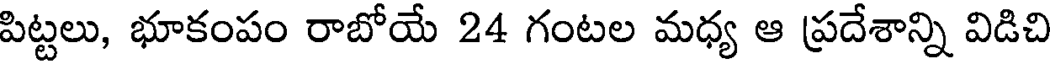
పిట్టలు, భూకంపం రాబోయే 24 గంటల మధ్య ఆ ప్రదేశాన్ని విడిచి